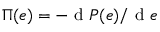
\Pi ( e ) = - \textrm { d } P ( e ) / \textrm { d } e